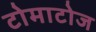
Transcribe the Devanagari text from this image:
टोमाटोज